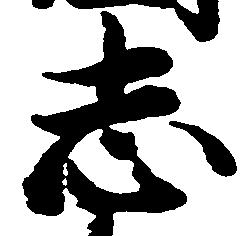
志